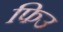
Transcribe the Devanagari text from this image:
फिउ